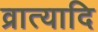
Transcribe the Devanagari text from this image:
व्रात्यादि